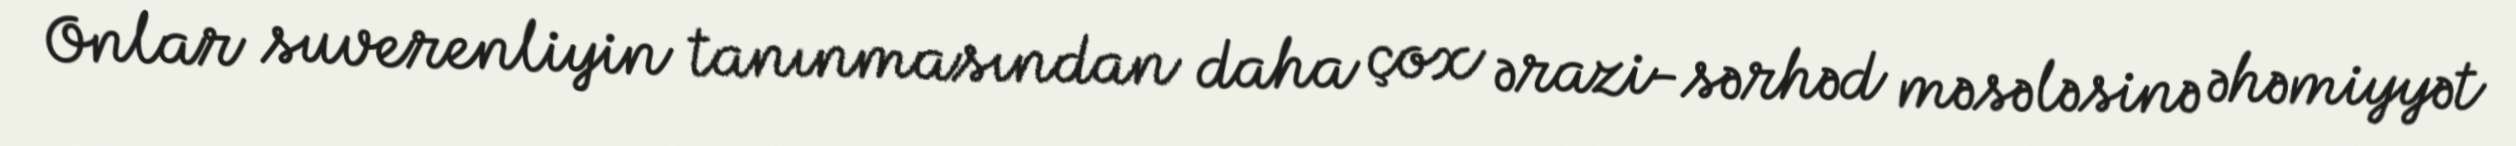
Onlar suverenliyin tanınmasından daha çox ərazi-sərhəd məsələsinə əhəmiyyət